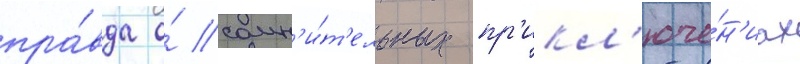
пра́вда о́ сомн'и́т'ельных пр'икл'юче́н'иах